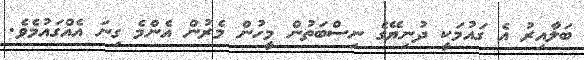
ބަލާއިރު އެ ގައުމަކީ ދުނިޔޭގެ ނިސްބަތުން މީހުން މެރުން އެންމެ ގިނަ އެއްގައުމެވެ.